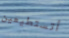
أتستطيعين